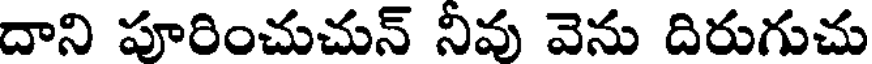
దాని పూరించుచున్ నీవు వెను దిరుగుచు